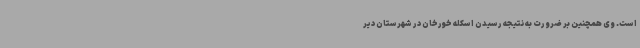
است. وی همچنین بر ضرورت به نتیجه رسیدن اسکله خورخان در شهرستان دیر